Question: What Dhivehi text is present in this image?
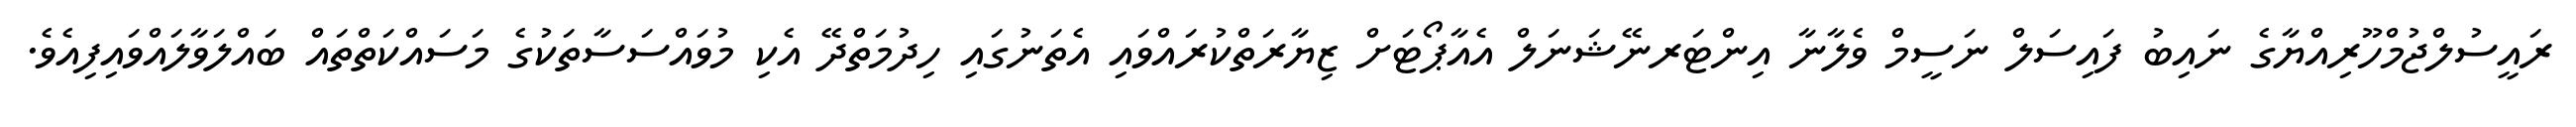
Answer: ރައީސުލްޖުމްހޫރިއްޔާގެ ނައިބު ފައިސަލް ނަސީމް ވެލާނާ އިންޓަރނޭޝަނަލް އެއާޕޯޓަށް ޒިޔާރަތްކުރައްވައި އެތަނުގައި ހިދުމަތްދޭ އެކި މުވައްސަސާތަކުގެ މަސައްކަތްތައް ބައްލަވާލައްވައިފިއެވެ.